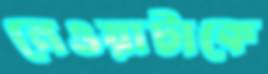
নেওয়াটাকে